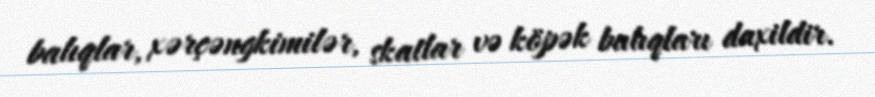
balıqlar, xərçəngkimilər, skatlar və köpək balıqları daxildir.